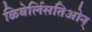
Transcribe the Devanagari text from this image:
ळिबेर्लिसतिओन्